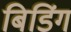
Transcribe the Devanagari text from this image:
बिडिंग